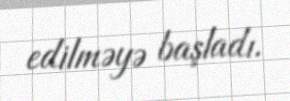
edilməyə başladı.